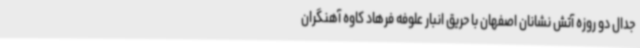
جدال دو روزه آتش نشانان اصفهان با حریق انبار علوفه فرهاد کاوه آهنگران